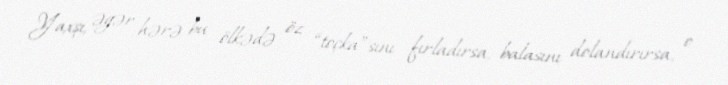
Yaxşı, əgər hərə bu ölkədə öz “toçka”sını fırladırsa, balasını dolandırırsa, o